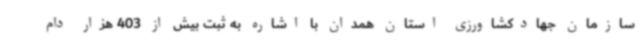
سازمان جهادکشاورزی استان همدان با اشاره به ثبت بیش از 403 هزار دام